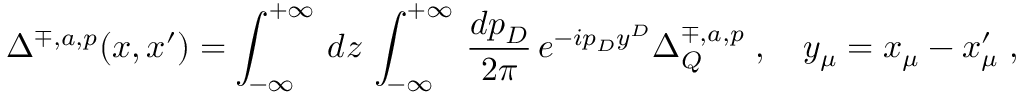
\Delta ^ { \mp , a , p } ( x , x ^ { \prime } ) = \int _ { - \infty } ^ { + \infty } \, d z \, \int _ { - \infty } ^ { + \infty } \, \frac { d p _ { D } } { 2 \pi } \, e ^ { - i p _ { D } y ^ { D } } \Delta _ { Q } ^ { \mp , a , p } \; , \quad y _ { \mu } = x _ { \mu } - x _ { \mu } ^ { \prime } \; ,